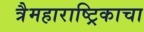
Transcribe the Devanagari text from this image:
त्रैमहाराष्ट्रिकाचा